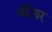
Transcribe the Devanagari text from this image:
वाँलर